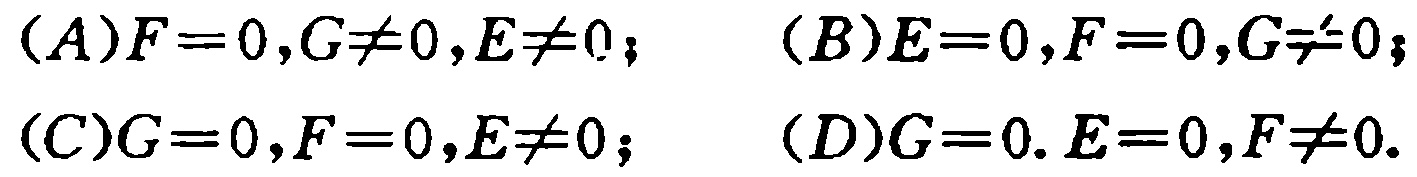
(A)$F = 0,G\neq0,E\neq0$; (B)$E = 0,F = 0,G\neq0$;
(C)$G = 0,F = 0,E\neq0$; (D)$G = 0.E = 0,F\neq0$.